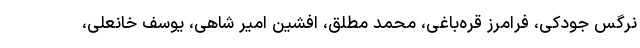
نرگس جودکی، فرامرز قره‌باغی، محمد مطلق، افشین امیر شاهی، یوسف خانعلی،